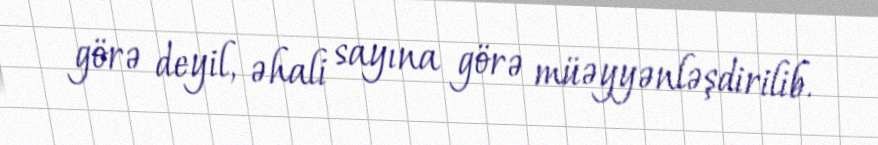
görə deyil, əhali sayına görə müəyyənləşdirilib.